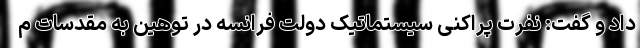
داد و گفت: نفرت پراکنی سیستماتیک دولت فرانسه در توهین به مقدسات م